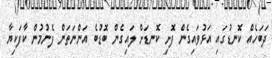
ދަބަހެއް ކޮނޑުގައި އަޅުވައިގެން ފޮށި ކޮނޑަށް ލައިގެން ބޮޑުބެ އަންނަތަން ފެނުމުން ކާފަކިޔާ